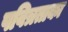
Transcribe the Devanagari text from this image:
पवित्रताका